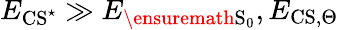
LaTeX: E_{\mathrm{CS^{\star}}}\gg E_{\ensuremath{\mathrm{S}}_{0}},E_{\mathrm{CS},\Theta}